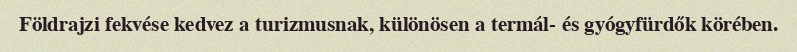
Földrajzi fekvése kedvez a turizmusnak, különösen a termál- és gyógyfürdők körében.